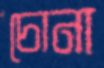
চোনা